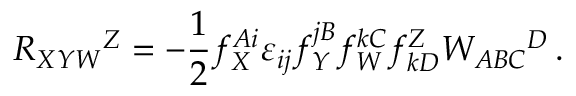
R _ { X Y W } { } ^ { Z } = - \frac 1 2 f _ { X } ^ { A i } \varepsilon _ { i j } f _ { Y } ^ { j B } f _ { W } ^ { k C } f _ { k D } ^ { Z } W _ { A B C } { } ^ { D } \, .